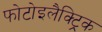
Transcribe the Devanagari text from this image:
फोटोइलैक्ट्रिक